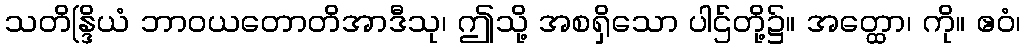
သတိန္ဒြိယံ ဘာဝယတောတိအာဒီသု၊ ဤသို့ အစရှိသော ပါဌ်တို့၌။ အတ္ထော၊ ကို။ ဧဝံ၊